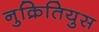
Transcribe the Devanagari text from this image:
नुक्रितियुस